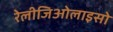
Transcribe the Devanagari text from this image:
रेलीजिओलाइसो